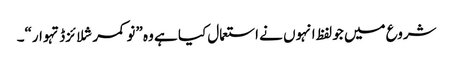
شروع میں جو لفظ انہوں نے استعمال کیا ہے وہ ”نو کمرشلائزڈ تہوار“۔